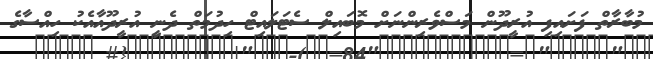
މުބާރާތް ފަށައިފި އުރީދޫން މަސްވެރިންނަށް މޮބައިލް ސެޓަލައިޓް ހިދުމަތް ދެނީ އުރީދޫއާއެކު ހިއްސާގެ